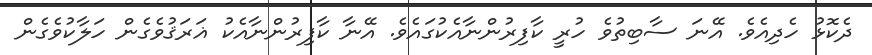
ދެކޮޅު ހެދިއެވެ. އޭނަ ސާބިތުވެ ހުރީ ކާފިރުންނާއެކުގައެވެ. އޭނާ ކާފިރުންނާއެކު ޣަރަޤުވެގެން ހަލާކުވެގެން